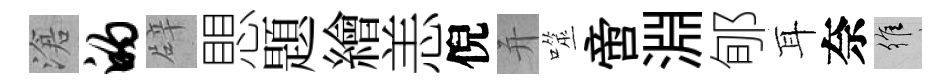
滄的辟愳題繪恙倪并噬啻淵郇耳奈維